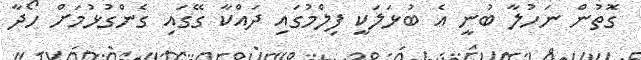
ގޮތުން ނަހުލާ ބުނީ އެ ބުޅަލަކީ ފިލްމުގައި ދައްކާ ގޭގައި ގެންގުޅުމަށް ހޯދާ